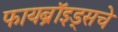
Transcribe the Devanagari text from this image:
फायब्रॉइड्सचे